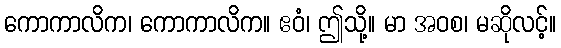
ကောကာလိက၊ ကောကာလိက။ ဧဝံ၊ ဤသို့။ မာ အဝစ၊ မဆိုလင့်။